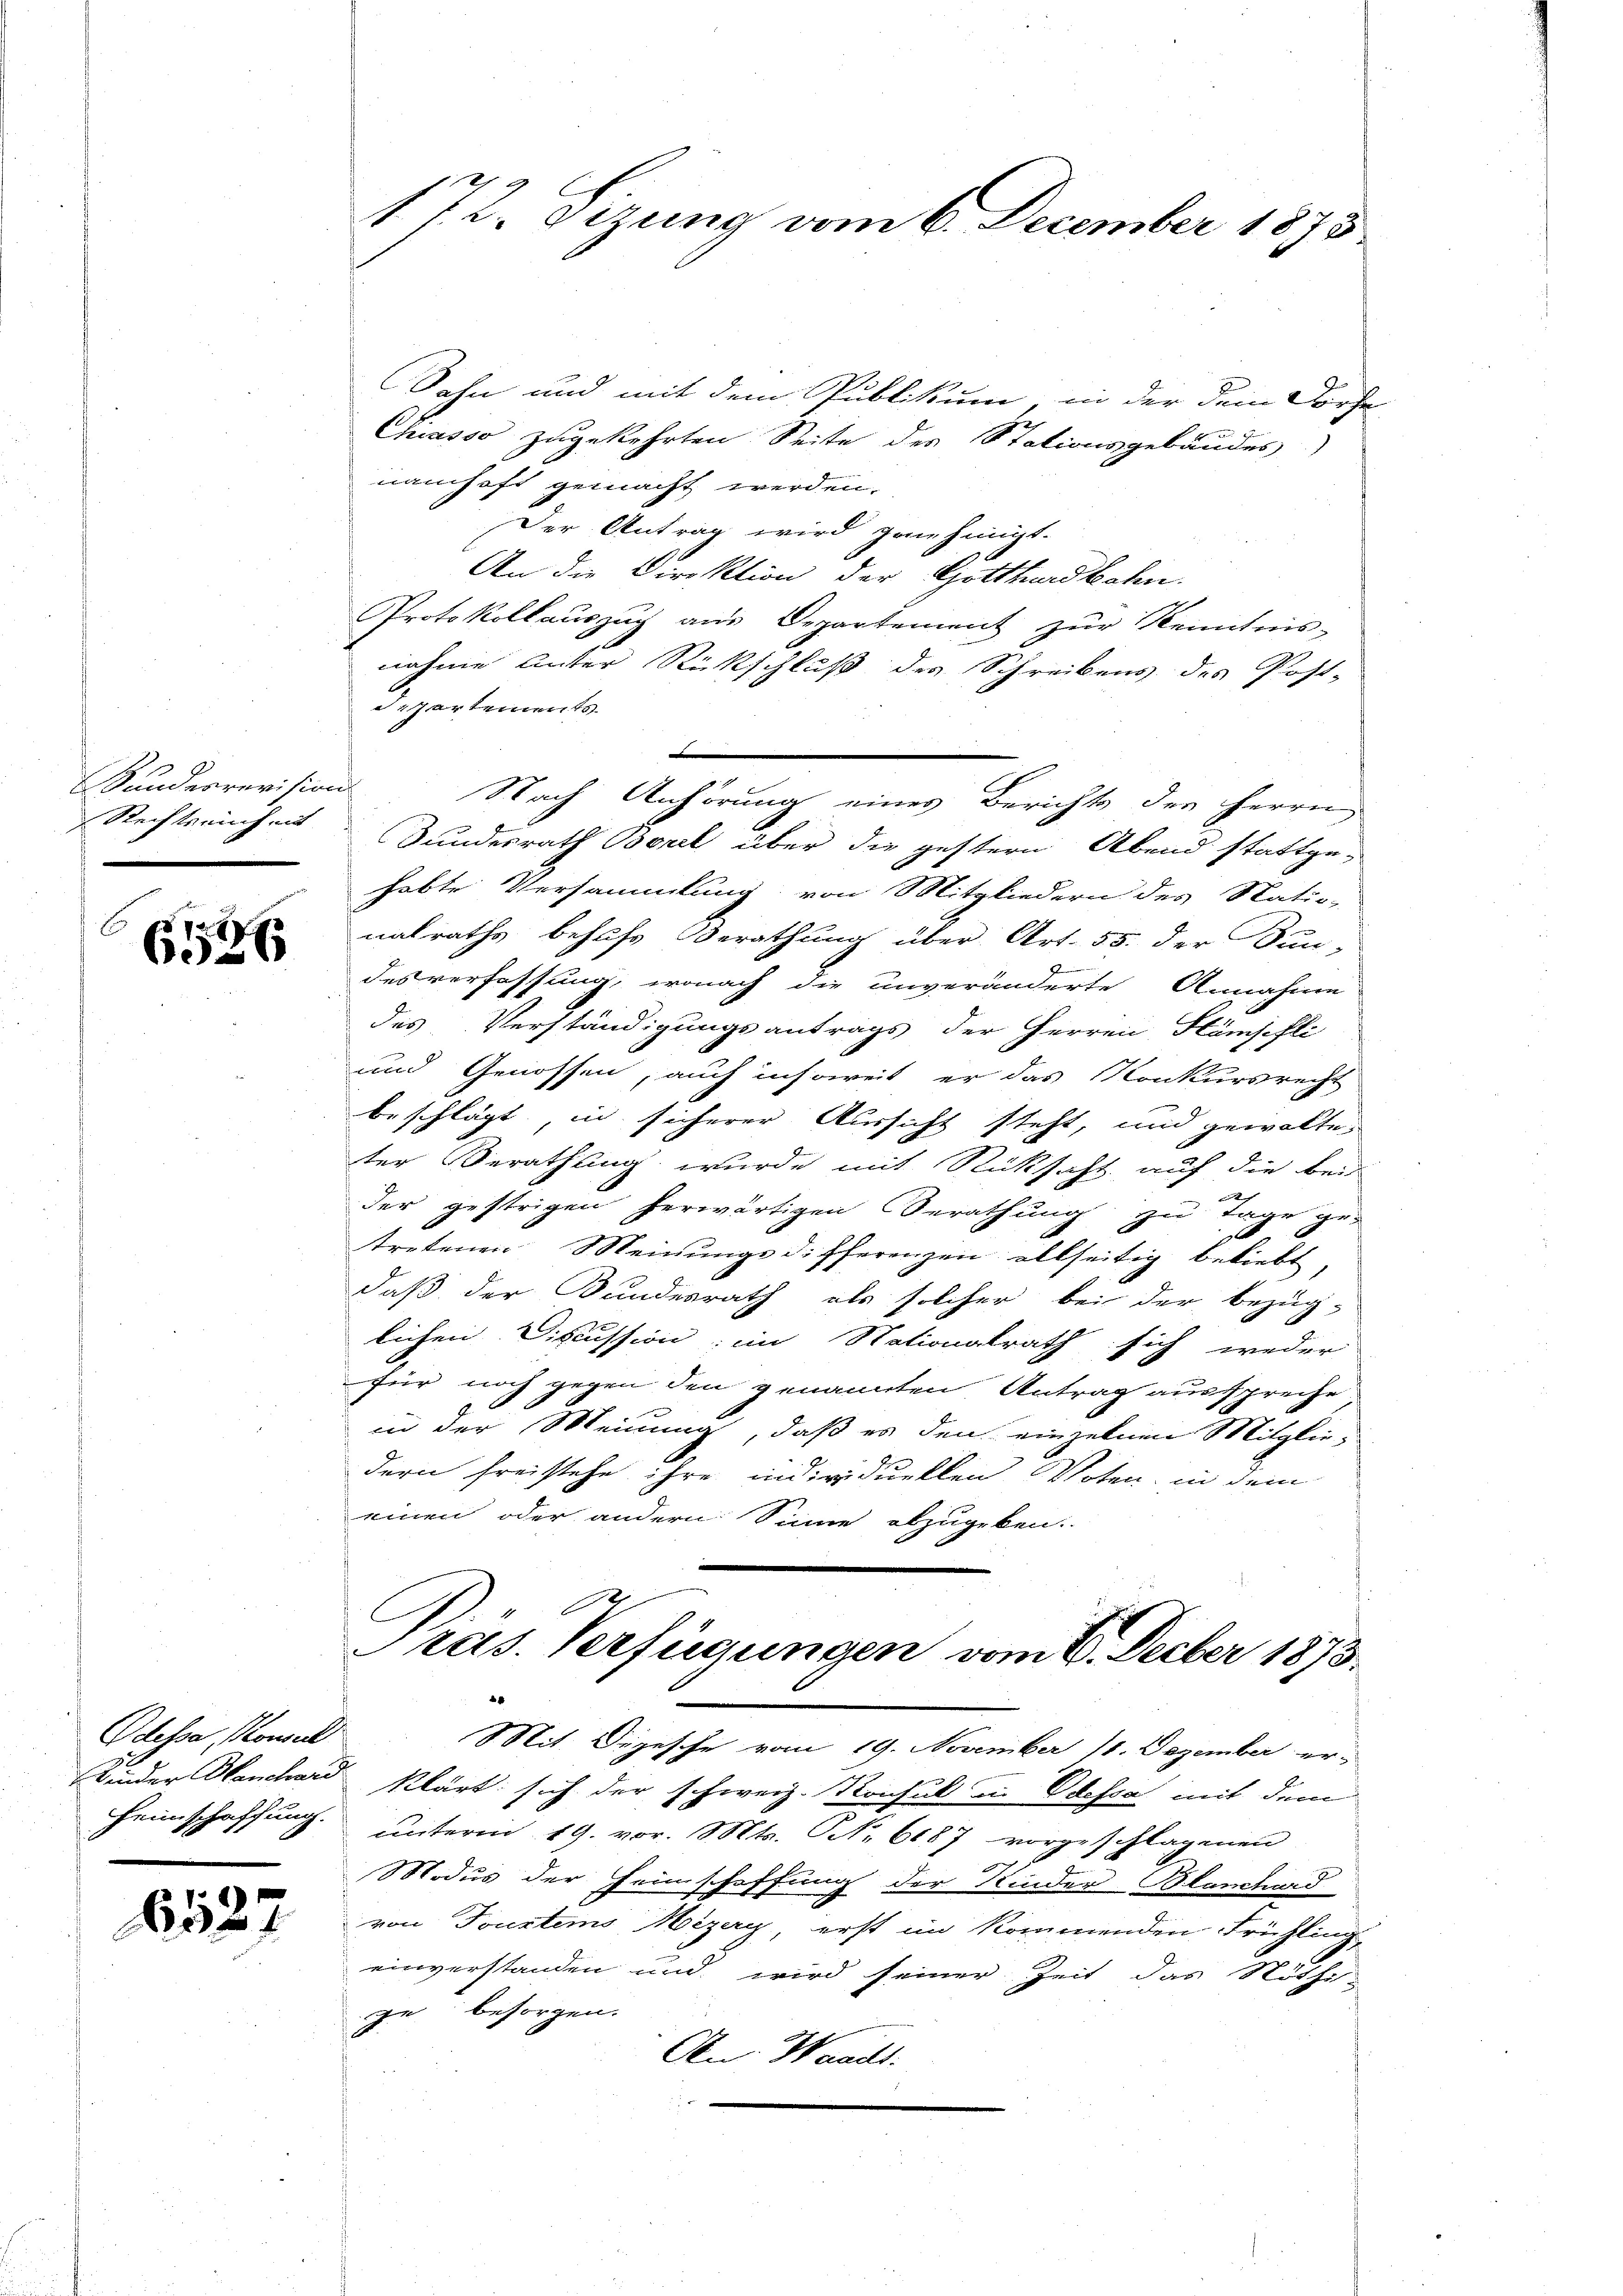
Bundesrevision
Rechtsrich mit

E

6526

Odessa, Konsul
Winder Henchari
Heimschaffung.

6527

172. Sizung vom 6. December 1875

Dahn und mit dem Publikum, in der dem Dorfe
Chiasso zugekehrten Seite des Stationsgebäudes
namhaft gemacht werden.
Der Antrag wird genehmigt.
An die Direktion der Gotthardbahn.
Protokollauszug aus Departement zur Kenntnis-
nahme unter Rückschluß des Schreibens des Post-
Departements
u
.
Nach Anhörung eines Berichts der Herrn
Bundesrath Borel über die gestern Abend stattge-
habte Versammlung von Mitgliedern des Natio-
nalraths behufs Berathung über Art. 55. der Sun-
desverfassung, wonach die unveränderte Annahme
des Verständigungsantrags der Herren Hämjefli
und Genossen, auch insoweit er das Konkursrecht
beschlägt, in sicherer Aussicht steht, und gewalte
ter Berathung wurde mit Rücksacht auf die bei
der gestrigen herwärtigen Berathung
zu Tage getretenen Meinungsdifferenzen allseitig beliebt
daß der Bundesrath als solcher bei der bezüg-
lichen Discussion; im Nationalrath sich weder
für noch gegen den genannten Antrag ausspreche
in der Meinung, daß es den einzelnen Mitglie-
dern freistehe ihre individuellen Voten, in dem
einen oder andern Sinne abzugeben.
ras. Verfügungen vom 6. Decber 1873.
Mit. Depesche vom 19. November 11. Dezember er-
klärt sich der schweiz. Konsul in Odessa mit dem
ŭnterm 19. vor. Mts. Nr. 6187 vorgeschlagenen
Modus der Feinschaffung der Kinder Blanchard
von Toustems Mezey, erst im kommenden Frühling
einverstanden und wird seiner Zeit das Nöthige besorgen.
An Waadt.